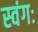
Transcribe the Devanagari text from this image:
स्वंगः